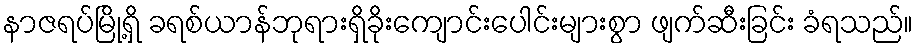
နာဇရပ်မြို့ရှိ ခရစ်ယာန်ဘုရားရှိခိုးကျောင်းပေါင်းများစွာ ဖျက်ဆီးခြင်း ခံရသည်။